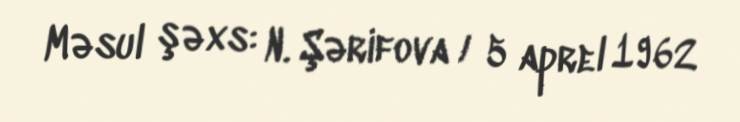
Məsul şəxs: N. Şərifova / 5 aprel 1962